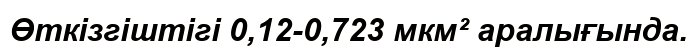
Өткізгіштігі 0,12-0,723 мкм² аралығында.